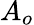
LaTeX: A_{o}